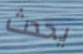
يحدث